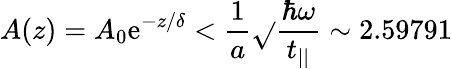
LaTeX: A(z)=A_{0}\mathrm{e}^{-z/\delta}<\frac{{1}}{{a}}\sqrt{}{{\frac{{\hbar\omega}}{{t_{||}}}}}\sim2.59791